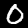
Digit: 0